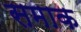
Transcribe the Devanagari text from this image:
समाक